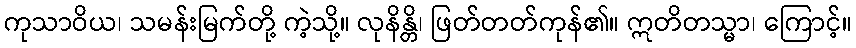
ကုသာဝိယ၊ သမန်းမြက်တို့ ကဲ့သို့။ လုနိန္တိ၊ ဖြတ်တတ်ကုန်၏။ ဣတိတသ္မာ၊ ကြောင့်။